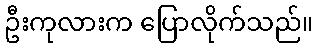
ဦးကုလားက ပြောလိုက်သည်။